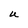
Character: U